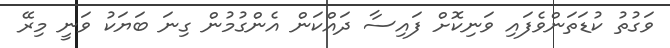
ވަގުތު ކުޑަތަންވެފައި ވަނިކޮށް ފައިސާ ދައްކަން އެންގުމުން ގިނަ ބަޔަކު ވަނީ މިރޭ